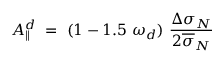
A _ { \| } ^ { d } ~ = ~ ( 1 - 1 . 5 ~ \omega _ { d } ) ~ \frac { \Delta \sigma _ { N } } { 2 { \overline { { \sigma } } _ { N } } }